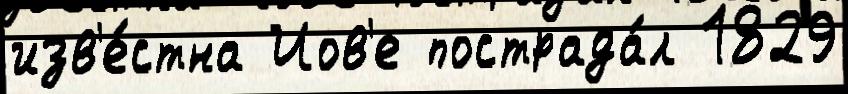
изв'е́стна Иов'е пострада́л 1829